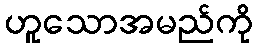
ဟူသောအမည်ကို